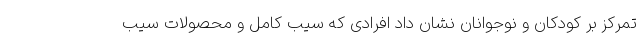
تمرکز بر کودکان و نوجوانان نشان داد افرادی که سیب کامل و محصولات سیب